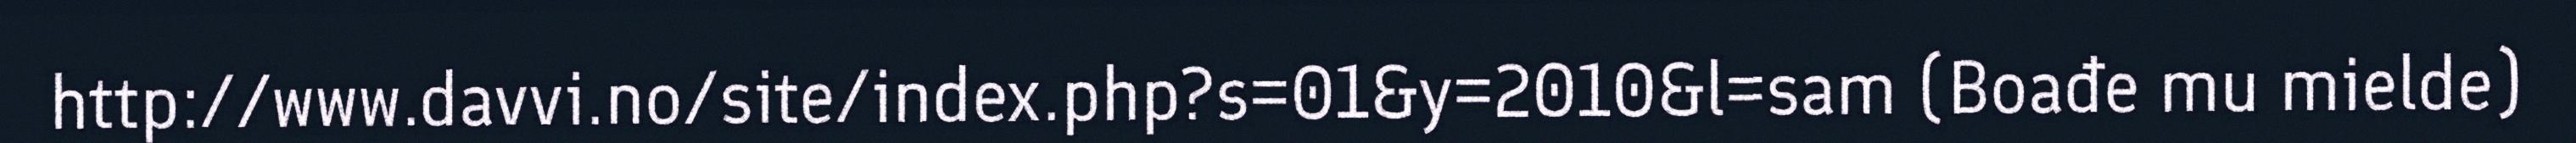
http://www.davvi.no/site/index.php?s=01&y=2010&l=sam (Boađe mu mielde)